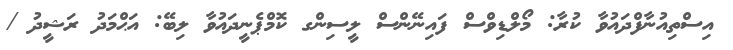
އިސްތިއުނާފްދައުވާ ކުރާ: މޯލްޑިވްސް ފައިނޭންސް ލީސިންގ ކޮމްޕެނީދައުވާ ލިބޭ: އަޙްމަދު ރަޝީދު /